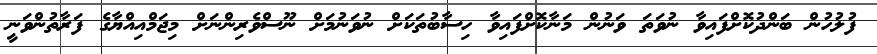
ފުލުހުން ބަންދުކޮށްފައިވާ ނުވަތަ ވަނުން މަނާކޮށްފައިވާ ހިސާބުތަކަށް ނުވަނުމަށް ނޫސްވެރިންނަށް މިޖަމްއިއްޔާގެ ފަރާތުންވަނީ